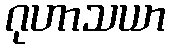
ဂုဟာသယာ